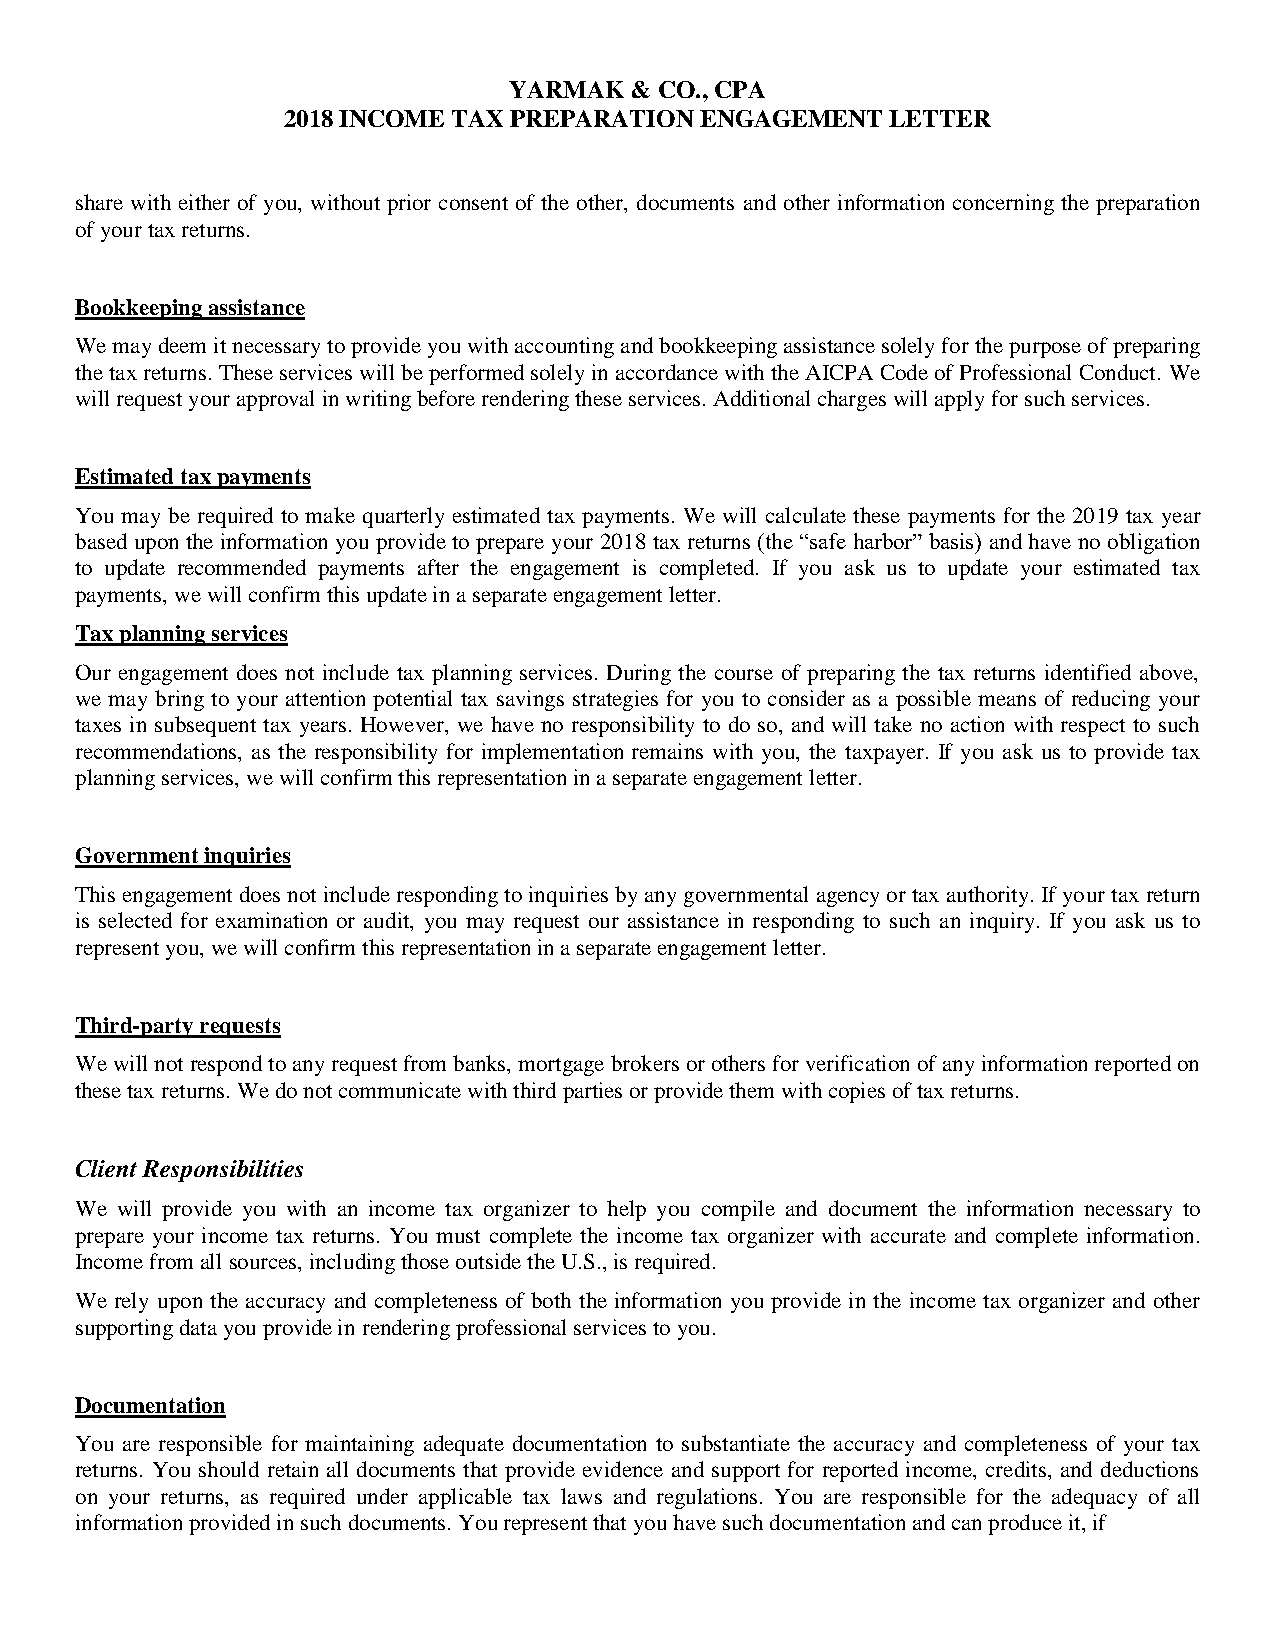
YARMAK  & CO., CPA
 2018 INCOME TAX PREPARATION ENGAGEMENT  LETTER
 share with either of you, without prior consent of the other, documents and other information concerning the preparation
 of your tax returns.
 Bookkeeping assistance
 We may deem it necessary to provide you with accounting and bookkeeping assistance solely for the purpose of preparing
 the tax returns. These services will be performed solely in accordance with the AICPA Code of Professional Conduct. We
 will request your approval in writing before rendering these services. Additional charges will apply for such services.
 Estimated tax payments
 You may be required to make quarterly estimated tax payments. We will calculate these payments for the 2019 tax year
 based upon the information you provide to prepare your 2018 tax returns (the “safe harbor” basis) and have no obligation
 to update recommended payments after the engagement is completed. If you ask us to update your estimated tax
 payments, we will confirm this update in a separate engagement letter.
 Tax planning services
 Our engagement does not include tax planning services. During the course of preparing the tax returns identified above,
 we may bring to your attention potential tax savings strategies for you to consider as a possible means of reducing your
 taxes in subsequent tax years. However, we have no responsibility to do so, and will take no action with respect to such
 recommendations, as the responsibility for implementation remains with you, the taxpayer. If you ask us to provide tax
 planning services, we will confirm this representation in a separate engagement letter.
 Government inquiries
 This engagement does not include responding to inquiries by any governmental agency or tax authority. If your tax return
 is selected for examination or audit, you may request our assistance in responding to such an inquiry. If you ask us to
 represent you, we will confirm this representation in a separate engagement letter.
 Third-party requests
 We will not respond to any request from banks, mortgage brokers or others for verification of any information reported on
 these tax returns. We do not communicate with third parties or provide them with copies of tax returns.
 Client Responsibilities
 We will provide you with an income tax organizer to help you compile and document the information necessary to
 prepare your income tax returns. You must complete the income tax organizer with accurate and complete information.
 Income from all sources, including those outside the U.S., is required.
 We rely upon the accuracy and completeness of both the information you provide in the income tax organizer and other
 supporting data you provide in rendering professional services to you.
 Documentation
 You are responsible for maintaining adequate documentation to substantiate the accuracy and completeness of your tax
 returns. You should retain all documents that provide evidence and support for reported income, credits, and deductions
 on your returns, as required under applicable tax laws and regulations. You are responsible for the adequacy of all
 information provided in such documents. You represent that you have such documentation and can produce it, if